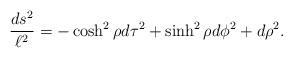
LaTeX: \begin{align*}{ds^{2}\over \ell^{2}}=-\cosh^{2}\rho d\tau^2+\sinh^{2}\rho d\phi^{2}+d\rho^{2}.\end{align*}